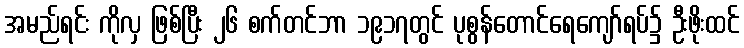
အမည်ရင်း ကိုလှ ဖြစ်ပြီး ၂၆ စက်တင်ဘာ ၁၉၁၇တွင် ပုစွန်တောင်ရေကျော်ရပ်၌ ဦးဖိုးထင်